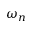
\omega _ { n }